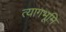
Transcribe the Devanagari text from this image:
त्यागभूमि